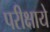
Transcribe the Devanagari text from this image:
परीक्षाये